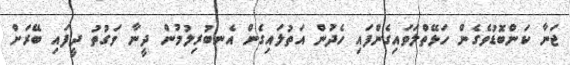
ޖަނާ ކަންބޮޑުވެގެން ހަޅޭތްލަވައިގެންފައި ހެދުން އަތުލައިގެން އެނބުރިލުމުން ދީނާ ވަގުތު ދީފައި ބޭރަށް